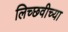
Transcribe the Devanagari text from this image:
लिच्छवीच्या